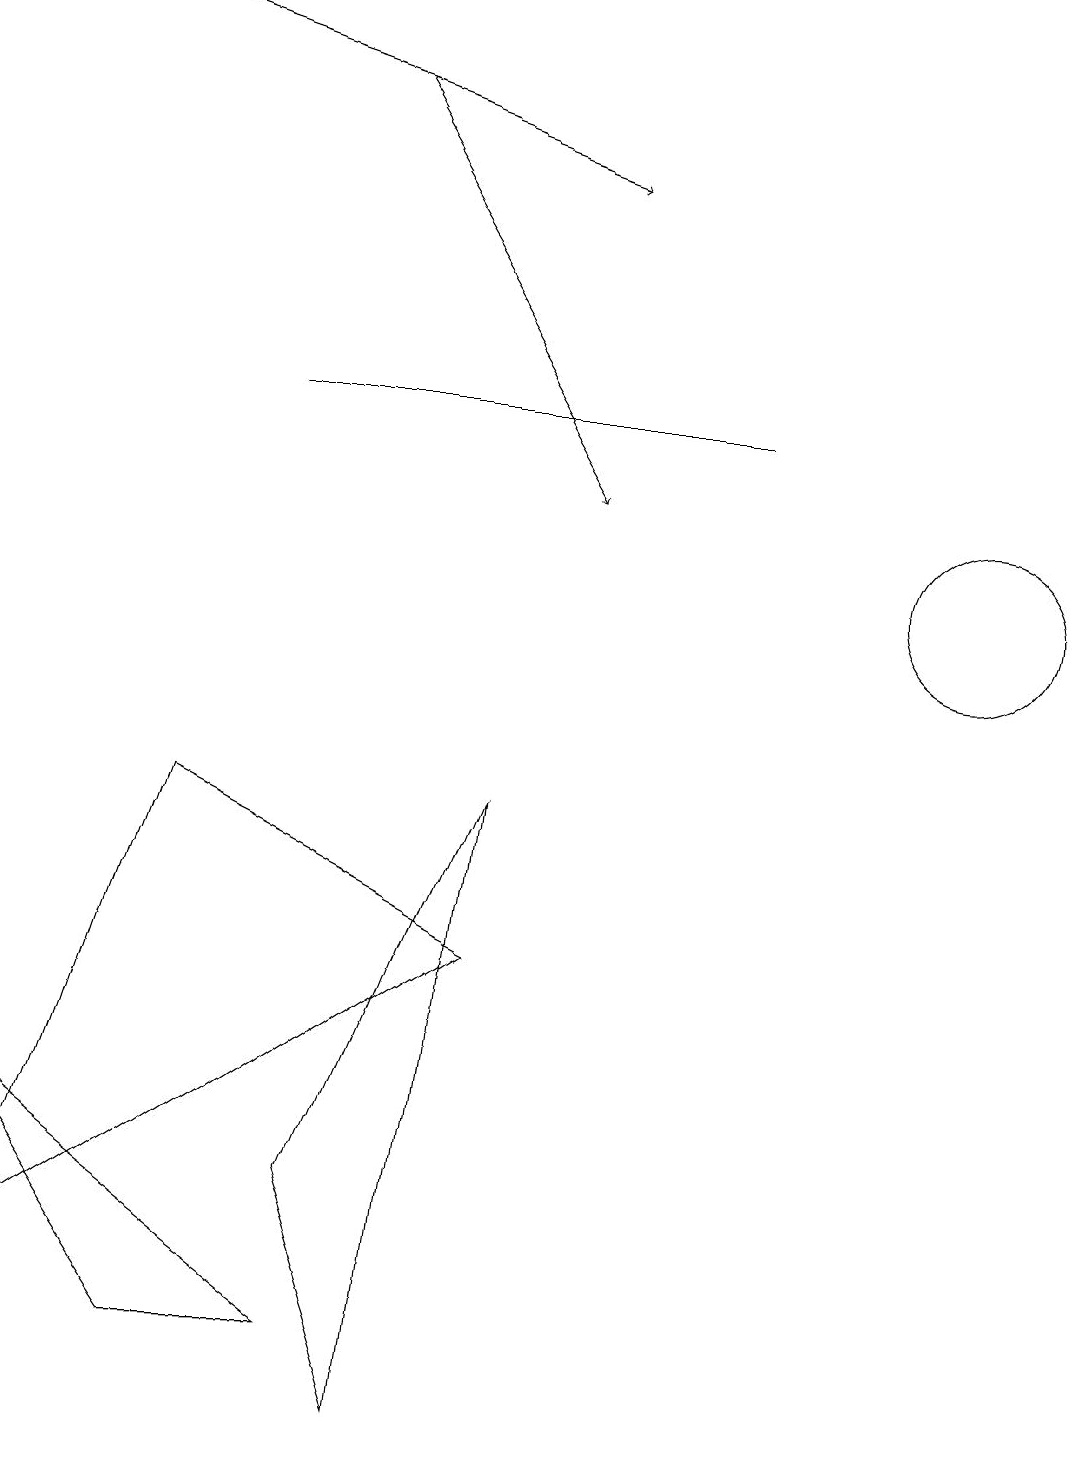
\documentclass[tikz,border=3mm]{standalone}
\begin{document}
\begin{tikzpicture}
\draw (5,1) -- (4,4) -- (6,9) -- cycle;
\draw[->] (4,18) -- (7,13);
\draw (0,5) -- (4,2) -- (2,2) -- cycle;
\draw (0,3) -- (2,9) -- (6,7) -- cycle;
\draw (12,12) circle (1);
\draw (9,14) rectangle (3,14);
\draw[->] (1,19) -- (7,17);
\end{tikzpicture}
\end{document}